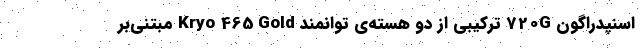
اسنپدراگون 720G ترکیبی از دو هسته‌ی توانمندِ Kryo 465 Gold مبتنی‌بر